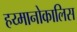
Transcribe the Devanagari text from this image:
हय्मानोकालिस